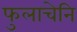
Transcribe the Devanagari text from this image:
फुलाचेनि